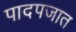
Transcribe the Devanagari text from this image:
पादपजात